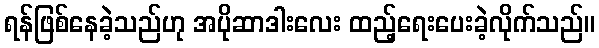
ရန်ဖြစ်နေခဲ့သည်ဟု အပိုဆာဒါးလေး ထည့်ရေးပေးခဲ့လိုက်သည်။